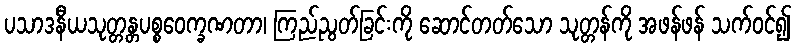
ပသာဒနီယသုတ္တန္တပစ္စဝေက္ခဏတာ၊ ကြည်ညွတ်ခြင်းကို ဆောင်တတ်သော သုတ္တန်ကို အဖန်ဖန် သက်ဝင်၍